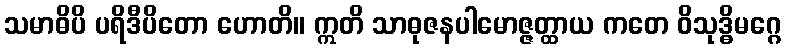
သမာဓိပိ ပရိဒီပိတော ဟောတိ။ ဣတိ သာဓုဇနပါမောဇ္ဇတ္ထာယ ကတေ ဝိသုဒ္ဓိမဂ္ဂေ